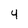
Character: 4